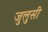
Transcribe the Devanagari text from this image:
जुलुसी